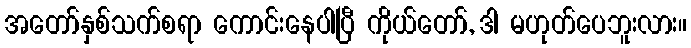
အတော်နှစ်သက်စရာ ကောင်းနေပါပြီ ကိုယ်တော်, ဒါ မဟုတ်ပေဘူးလား။